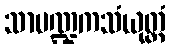
သာမဏ္ဍကသံယုတ္တံ